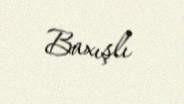
Baxışlı